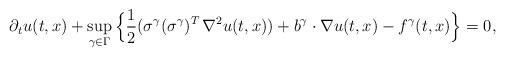
LaTeX: \begin{align*}\partial_t u(t,x) + \sup_{\gamma\in\Gamma} \Big\{ \frac12 (\sigma^{\gamma}(\sigma^{\gamma})^T\, \nabla^2u(t,x)) + b^{\gamma}\cdot\nabla u(t,x) - f^{\gamma}(t,x)\Big\}=0,\end{align*}